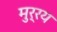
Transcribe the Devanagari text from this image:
मुर्रय